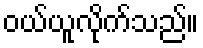
ဝယ်ယူလိုက်သည်။